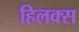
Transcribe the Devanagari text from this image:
हिलक्स